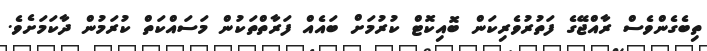
ތިބެގެންވެސް ރާއްޖޭގެ ފަތުރުވެރިކަން ބޮއިކޮޓް ކުރުމަށް ބައެއް ފަރާތްތަކުން މަސައްކަތް ކުރަމުން ދާކަމަށެވެ.